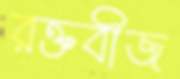
রক্তবীজ